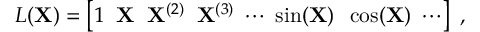
{ \cal L } ( { \bf X } ) = \left[ 1 \; \; { \bf X } \; \; { \bf X } ^ { ( 2 ) } \; \; { \bf X } ^ { ( 3 ) } \; \cdots \; \sin ( { \bf X } ) \; \; \cos ( { \bf X } ) \; \cdots \right] \; ,